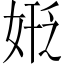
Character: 𪥻